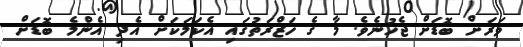
ވަރަށް ބޮޑަށް ޖެހުނެވެ. މާ ގެ ހަޒްރަތުގައި އެކަމަކަށް އެދި އެންމެ ބޮޑަށް